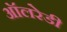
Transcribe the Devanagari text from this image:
ऑलरेडी